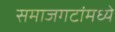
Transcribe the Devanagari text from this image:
समाजगटांमध्ये